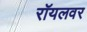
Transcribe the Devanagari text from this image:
रॉयलवर